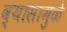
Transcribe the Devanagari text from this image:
व्यासामुळे